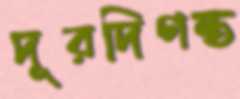
দূরদিগন্ত